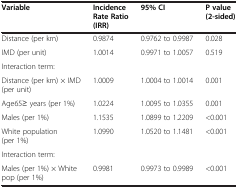
<table><thead><tr><td><b>Variable</b></td><td><b>Incidence Rate Ratio (IRR)</b></td><td><b>95% CI</b></td><td><b>P value (2-sided)</b></td></tr></thead><tbody><tr><td>Distance (per km)</td><td>0.9874</td><td>0.9762 to 0.9987</td><td>0.028</td></tr><tr><td>IMD (per unit)</td><td>1.0014</td><td>0.9971 to 1.0057</td><td>0.519</td></tr><tr><td>Interaction term:</td><td> </td><td> </td><td> </td></tr><tr><td>Distance (per km) × IMD (per unit)</td><td>1.0009</td><td>1.0004 to 1.0014</td><td>0.001</td></tr><tr><td>Age65≥ years (per 1%)</td><td>1.0224</td><td>1.0095 to 1.0355</td><td>0.001</td></tr><tr><td>Males (per 1%)</td><td>1.1535</td><td>1.0899 to 1.2209</td><td>&lt;0.001</td></tr><tr><td>White population (per 1%)</td><td>1.0990</td><td>1.0520 to 1.1481</td><td>&lt;0.001</td></tr><tr><td>Interaction term:</td><td> </td><td> </td><td> </td></tr><tr><td>Males (per 1%) × White pop (per 1%)</td><td>0.9981</td><td>0.9973 to 0.9989</td><td>&lt;0.001</td></tr></tbody></table>